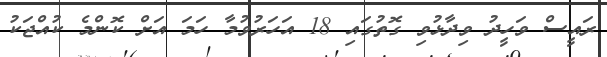
ރައީސް ވަހީދު ވިދާޅުވި ގޮތުގައި 18 އަހަރުވުމާ ހަމަ އަށް ކޮންމެ ކުއްޖަކު